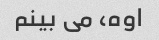
اوه، می بینم